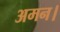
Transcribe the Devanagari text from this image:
अमन।